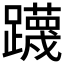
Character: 𮜤